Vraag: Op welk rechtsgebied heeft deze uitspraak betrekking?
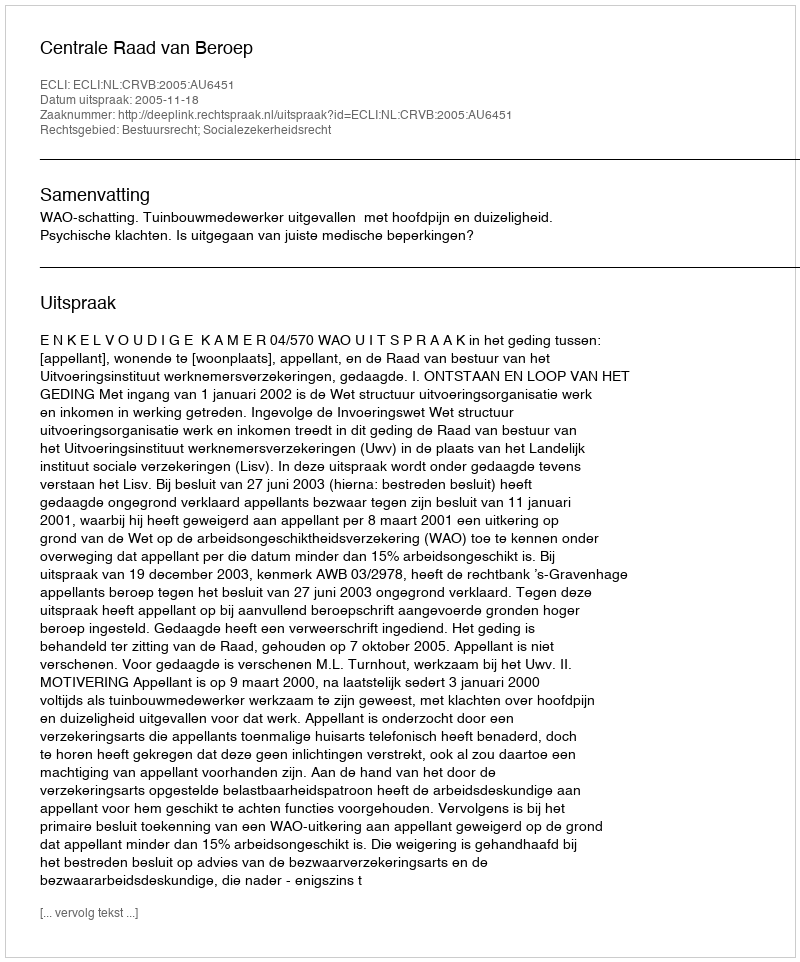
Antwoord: Bestuursrecht; Socialezekerheidsrecht